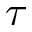
\boldsymbol { \tau }